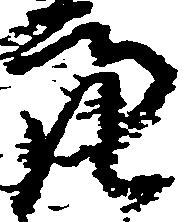
亮